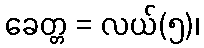
ခေတ္တ = လယ်(၅)၊